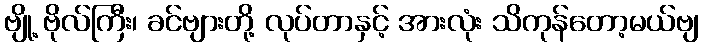
ဗျို့ ဗိုလ်ကြီး၊ ခင်ဗျားတို့ လုပ်တာနှင့် အားလုံး သိကုန်တော့မယ်ဗျ